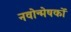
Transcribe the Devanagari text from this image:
नवोन्मेषकों